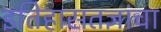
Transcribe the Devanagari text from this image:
इतिहासतज्ञांचा